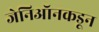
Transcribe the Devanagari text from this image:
जेनिऑनकडून